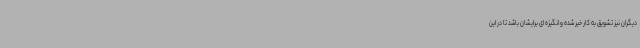
دیگران نیز تشویق به کار خیر شده و انگیزه ای برایشان باشد تا در این